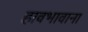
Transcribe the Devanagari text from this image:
हावभावाना